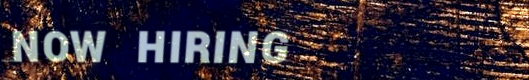
NOW HIRING